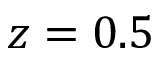
z = 0 . 5